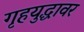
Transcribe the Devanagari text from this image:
गृहयुद्धावर